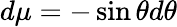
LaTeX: d\mu=-\sin\theta d\theta